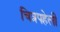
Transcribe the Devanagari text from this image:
चित्रपहेली